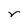
Character: r